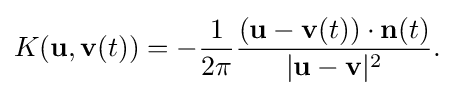
\displaystyle {K(\mathbf {u} ,\mathbf {v} (t))=-{1 \over 2\pi }{(\mathbf {u} -\mathbf {v} (t))\cdot \mathbf {n} (t) \over |\mathbf {u} -\mathbf {v} |^{2}}.}